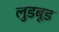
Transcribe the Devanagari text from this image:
लुडबूड